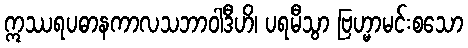
ဣဿရပဓာနကာလသဘာဝါဒီဟိ၊ ပရမီသွာ ဗြဟ္မာမင်းစသော